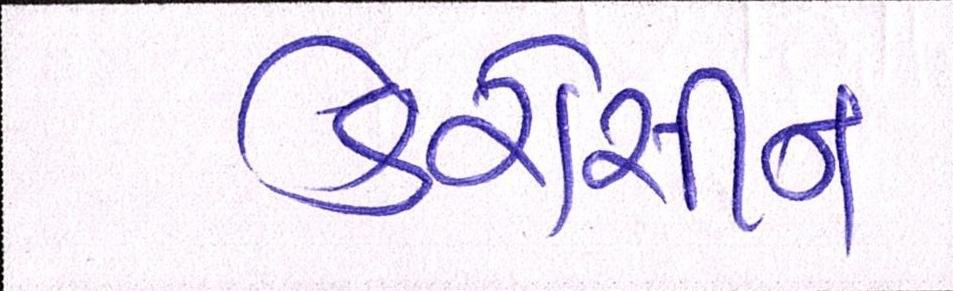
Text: કેરોસીન